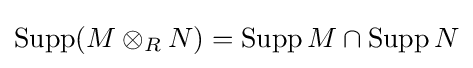
\operatorname {Supp} (M\otimes _{R}N)=\operatorname {Supp} M\cap \operatorname {Supp} N